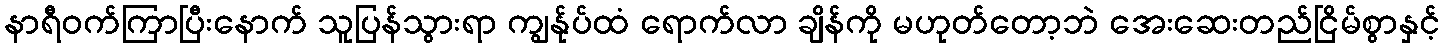
နာရီဝက်ကြာပြီးနောက် သူပြန်သွားရာ ကျွန်ုပ်ထံ ရောက်လာ ချိန်ကို မဟုတ်တော့ဘဲ အေးဆေးတည်ငြိမ်စွာနှင့်